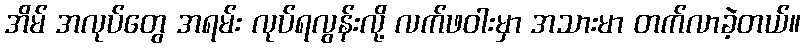
အိမ် အလုပ်တွေ အရမ်း လုပ်ရလွန်းလို့ လက်ဖဝါးမှာ အသားမာ တက်လာခဲ့တယ်။